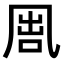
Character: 𠙕